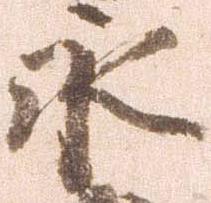
永